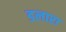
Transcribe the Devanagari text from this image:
डलारा